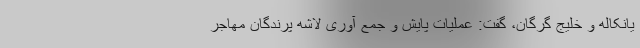
یانکاله و خلیج گرگان، گفت: عملیات پایش و جمع آوری لاشه پرندگان مهاجر